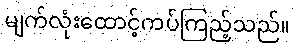
မျက်လုံးထောင့်ကပ်ကြည့်သည်။